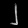
Digit: ၂